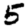
Digit: 5